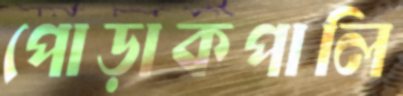
পোড়াকপালি